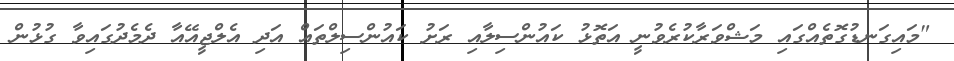
"މައިގަނޑުގޮތެއްގައި މަޝްވަރާކުރެވުނީ އަތޮޅު ކައުންސިލާއި ރަށު ކައުންސިލްތައް އަދި އެލްޖީއޭއާ ދެމެދުގައިވާ ގުޅުން